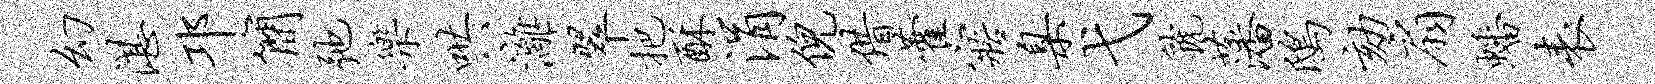
幻湛邛简弛乐哄漓翠把酥涓倪借藿寤臬弋虢藩鸱劾扇蟠表